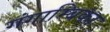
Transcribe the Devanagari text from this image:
गंगाम्बिका